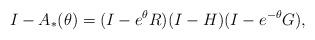
LaTeX: \begin{align*}I- A_*(\theta) &= (I-e^\theta R) (I-H) (I-e^{-\theta} G), \end{align*}